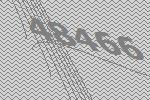
48466